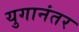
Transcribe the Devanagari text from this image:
युगानंतर